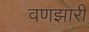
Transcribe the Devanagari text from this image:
वणझारी